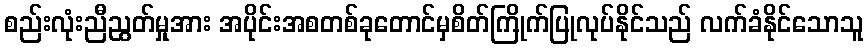
စည်းလုံးညီညွတ်မှုအား အပိုင်းအစတစ်ခုတောင်မှစိတ်ကြိုက်ပြုလုပ်နိုင်သည် လက်ခံနိုင်သောသူ